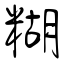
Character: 糊